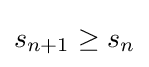
s_{n+1}\geq s_{n}